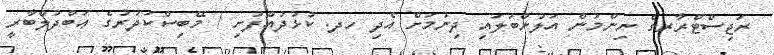
ރަޖިސްޓްރާރގެ ނިންމުން އަލުންބަލައި ދިނުމަށް އެދި ހދ. ކުޅުދުއްފުށި / މޭބިސްކަދުރުގެ ޢަބްދުލްބާރީ